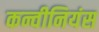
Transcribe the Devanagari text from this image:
कन्वीनियंस